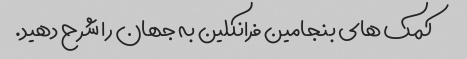
کمک های بنجامین فرانکلین به جهان را شرح دهید.